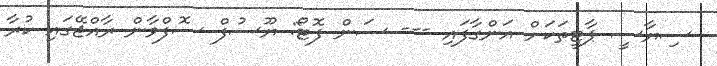
ސިޔާސީ ޕާޓީތަކަށް އަންގާފައި --- ސަން ފޮޓޯ: ޔޫސުފް ސޮފްވާން ރާއްޖޭގައި ކުރާ